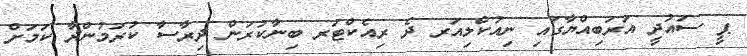
ޕީ ސައުދީ އަރަބިއްޔާގައި ނިއުކްލިއަރ ދެ ރިއެކްޓަރ ބިނާކުރަން ދިރާސާ ކުރަމުންދާ ކަމަށް